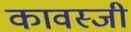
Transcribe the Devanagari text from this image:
कावस्जी